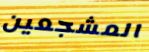
المشجعين